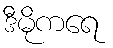
ဒီမိုကရေ